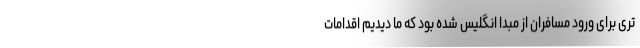
تری برای ورود مسافران از مبدا انگلیس شده بود که ما دیدیم اقدامات